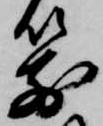
箭